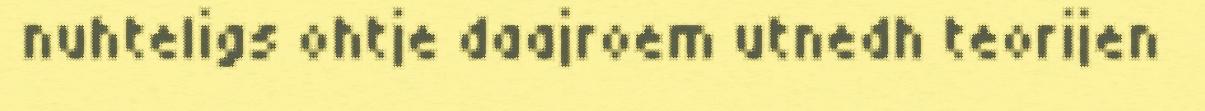
nuhteligs ohtje daajroem utnedh teorijen